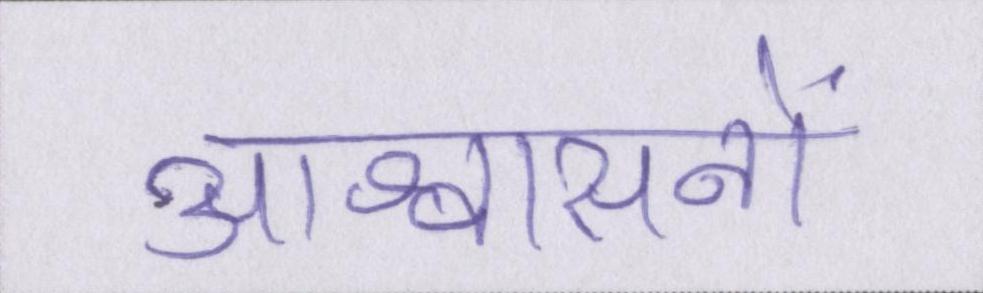
आश्वासनों